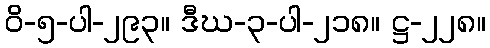
ဝိ-၅-ပါ-၂၉၃။ ဒီဃ-၃-ပါ-၂၁၈။ ဋ္ဌ-၂၂၈။